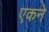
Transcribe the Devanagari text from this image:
एकने